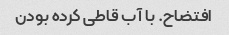
افتضاح. با آب قاطی کرده بودن